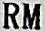
RM